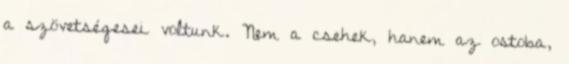
a szövetségesei voltunk. Nem a csehek, hanem az ostoba,